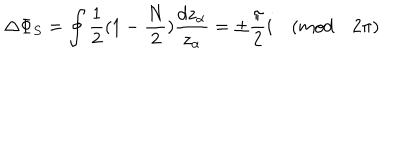
\Delta \Phi _ { S } = \oint \frac { 1 } { 2 } ( 1 - \frac { N } { 2 } ) \frac { d z _ { \alpha } } { z _ { \alpha } } = \pm \frac { \pi } { 2 } i \quad ( m o d \quad 2 \pi )